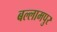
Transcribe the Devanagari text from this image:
बल्लामपुर